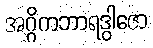
အဂ္ဂိကဘာရဒွါဇော